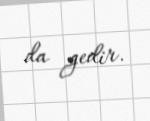
da gedir.